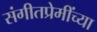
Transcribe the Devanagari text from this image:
संगीतप्रेमींच्या